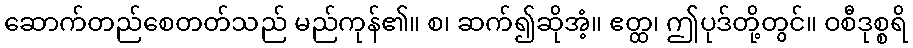
ဆောက်တည်စေတတ်သည် မည်ကုန်၏။ စ၊ ဆက်၍ဆိုအံ့။ ဧတ္ထ၊ ဤပုဒ်တို့တွင်။ ဝစီဒုစ္စရိ